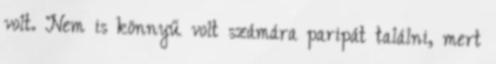
volt. Nem is könnyű volt számára paripát találni, mert